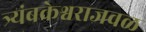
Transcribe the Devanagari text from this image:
त्र्यंबकेश्वराजवळ